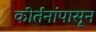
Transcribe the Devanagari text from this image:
कीर्तनांपासून